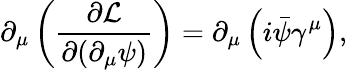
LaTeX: \partial_{\mu}\left({\frac{\partial{\mathcal{L}}}{\partial(\partial_{\mu}\psi)}}\right)=\partial_{\mu}\left(i{\bar{\psi}}\gamma^{\mu}\right),